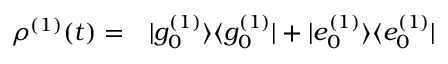
\begin{array} { r l } { \rho ^ { ( 1 ) } ( t ) = } & { { } | g _ { 0 } ^ { ( 1 ) } \rangle \langle g _ { 0 } ^ { ( 1 ) } | + | e _ { 0 } ^ { ( 1 ) } \rangle \langle e _ { 0 } ^ { ( 1 ) } | } \end{array}